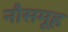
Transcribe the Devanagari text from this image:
नौसमूह